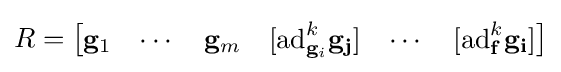
R={\begin{bmatrix}\mathbf {g} _{1}&\cdots &\mathbf {g} _{m}&[\mathrm {ad} _{\mathbf {g} _{i}}^{k}\mathbf {\mathbf {g} _{j}} ]&\cdots &[\mathrm {ad} _{\mathbf {f} }^{k}\mathbf {\mathbf {g} _{i}} ]\end{bmatrix}}